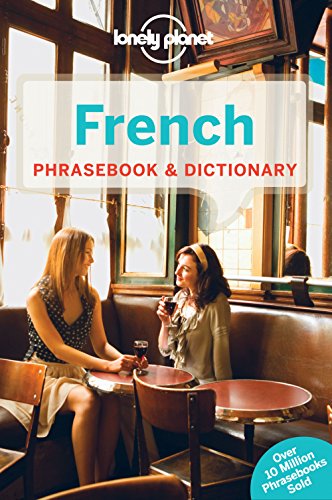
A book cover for Lonely Planet French Phrasebook & Dictionary (Lonely Planet Phrasebook and Dictionary); Lonely Planet; Travel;